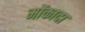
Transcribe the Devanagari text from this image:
मोंकादा